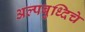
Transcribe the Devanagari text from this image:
अल्पबुध्दिचे